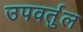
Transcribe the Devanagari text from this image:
उपवर्तुल